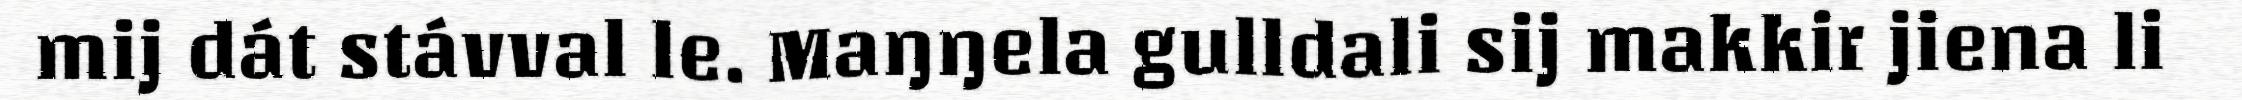
mij dát stávval le. Maŋŋela gulldali sij makkir jiena li